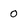
Character: 0